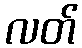
လတ်